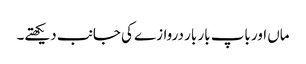
ماں اور باپ بار بار دروازے کی جانب دیکھتے۔